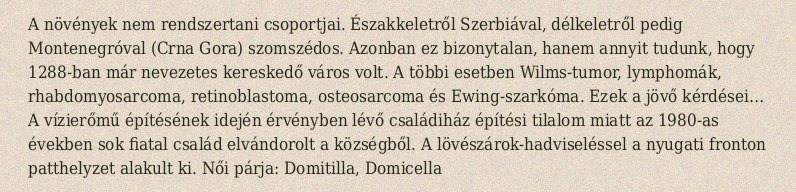
A növények nem rendszertani csoportjai. Északkeletről Szerbiával, délkeletről pedig Montenegróval (Crna Gora) szomszédos. Azonban ez bizonytalan, hanem annyit tudunk, hogy 1288-ban már nevezetes kereskedő város volt. A többi esetben Wilms-tumor, lymphomák, rhabdomyosarcoma, retinoblastoma, osteosarcoma és Ewing-szarkóma. Ezek a jövő kérdései… A vízierőmű építésének idején érvényben lévő családiház építési tilalom miatt az 1980-as években sok fiatal család elvándorolt a községből. A lövészárok-hadviseléssel a nyugati fronton patthelyzet alakult ki. Női párja: Domitilla, Domicella